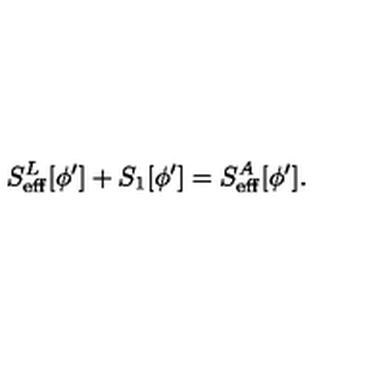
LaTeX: S _ { \mathrm { e f f } } ^ { L } [ \phi ^ { \prime } ] + S _ { 1 } [ \phi ^ { \prime } ] = S _ { \mathrm { e f f } } ^ { A } [ \phi ^ { \prime } ] .